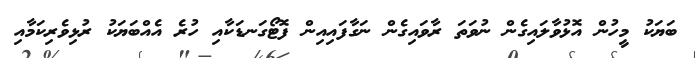
ބަޔަކު މީހުން އޮޅުވާލައިގެން ނުވަތަ ރާވައިގެން ނަގާފައިއިން ފޮޓޯގަނޑަކާއި ހުރެ އެއްބަޔަކު ރުޅިވެރިކަމާއި